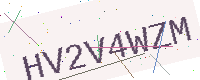
Text: HV2V4WZM